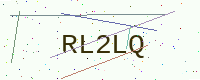
Text: RL2LQ